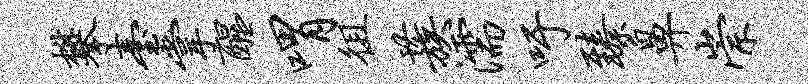
攀台掌醒喟徂蔟濡吁臻鼻崇